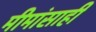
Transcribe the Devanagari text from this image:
मीमांसाही